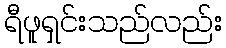
ရီဖူရှင်းသည်လည်း